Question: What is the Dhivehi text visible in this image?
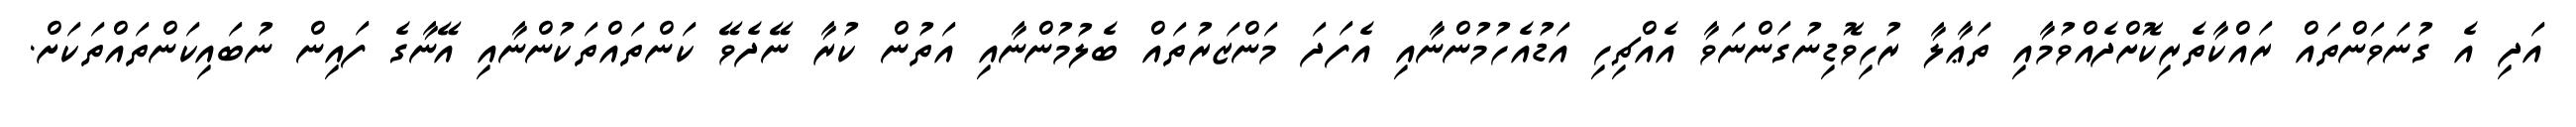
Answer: އަދި އެ ގުނަވަންތައް ރައްކާތެރިކޮށްދެއްވުމާއި ތަޢާލާ ރުހިވޮޑިނުގަންނަވާ އެއްޗިހި އަޑުއެހުމުންނާއި އެފަދަ މަންޒަރުތައް ބެލުމުންނާއި އަތުން ކުރާ ނޭދެވޭ ކަންތައްތަކުންނާއި އޭނާގެ ފައިން ނުބައިކަންތައްތަކަށް.